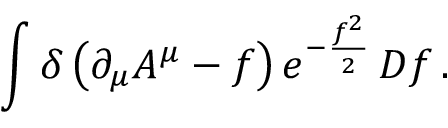
\int \delta \left( \partial _ { \mu } A ^ { \mu } - f \right) e ^ { - { \frac { f ^ { 2 } } { 2 } } } \, D f \, .